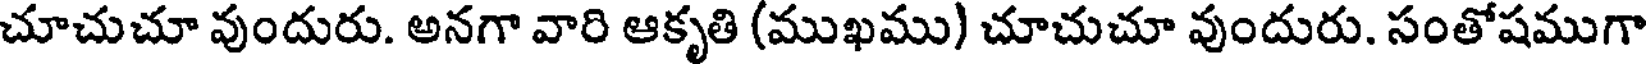
చూచుచూ వుందురు. అనగా వారి ఆకృతి (ముఖము) చూచుచూ వుందురు. సంతోషముగా